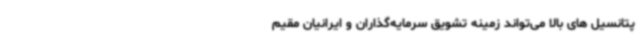
پتانسیل های بالا می‌تواند زمینه تشویق سرمایه‌گذاران و ایرانیان مقیم